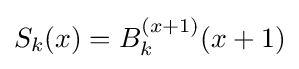
S_{k}(x)=B_{k}^{(x+1)}(x+1)